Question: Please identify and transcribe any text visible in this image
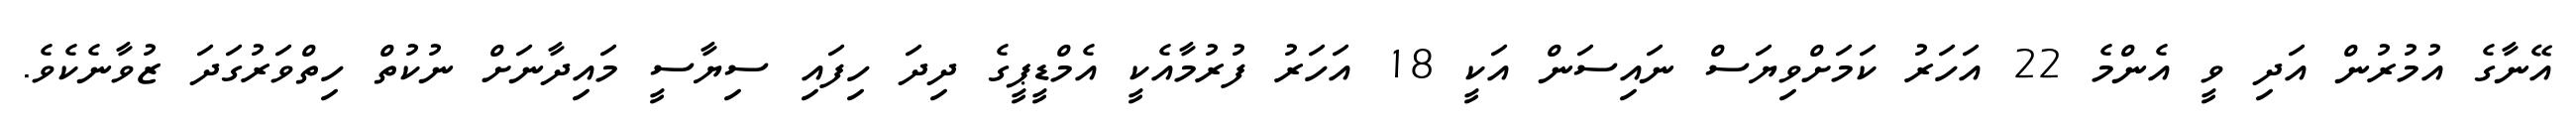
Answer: އޭނާގެ އުމުރުން އަދި ވީ އެންމެ 22 އަހަރު ކަމަށްވިޔަސް ނައިސަން އަކީ 18 އަހަރު ފުރުމާއެކީ އެމްޑީޕީގެ ދިދަ ހިފައި ސިޔާސީ މައިދާނަށް ނުކުތް ހިތްވަރުގަދަ ޒުވާނެކެވެ.